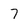
Character: 7